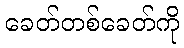
ခေတ်တစ်ခေတ်ကို